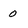
Character: 0